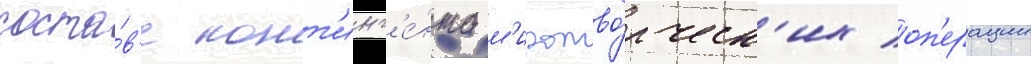
соста́в'е конт'инг'е́нта м'иротво́рческ'их оп'ерации